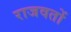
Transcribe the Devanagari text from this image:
राजवतों